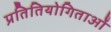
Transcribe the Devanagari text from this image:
प्रतितियोगिताओं